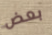
بعض